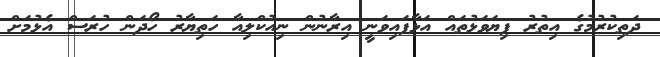
ދަތިކުރުމުގެ އިތުރު ފިޔަވަޅުތައް އަޅާފައިވަނީ އިރާނުން ނިއުކްލިއާ ހަތިޔާރު ހޯދަން ހުރަސް އެޅުމަށް